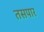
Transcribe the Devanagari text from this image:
तसपार